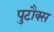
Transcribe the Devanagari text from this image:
पुटौक्स